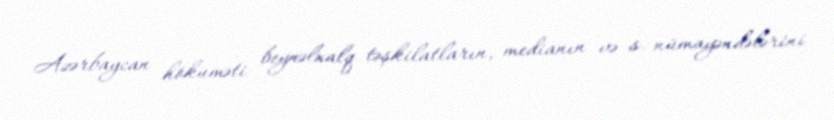
Azərbaycan hökuməti beynəlxalq təşkilatların, medianın və s. nümayəndələrini